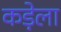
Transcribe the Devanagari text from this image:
कड़ेला